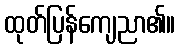
ထုတ်ပြန်ကျေညာ၏။